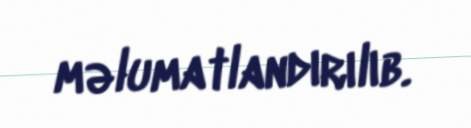
məlumatlandırılıb.